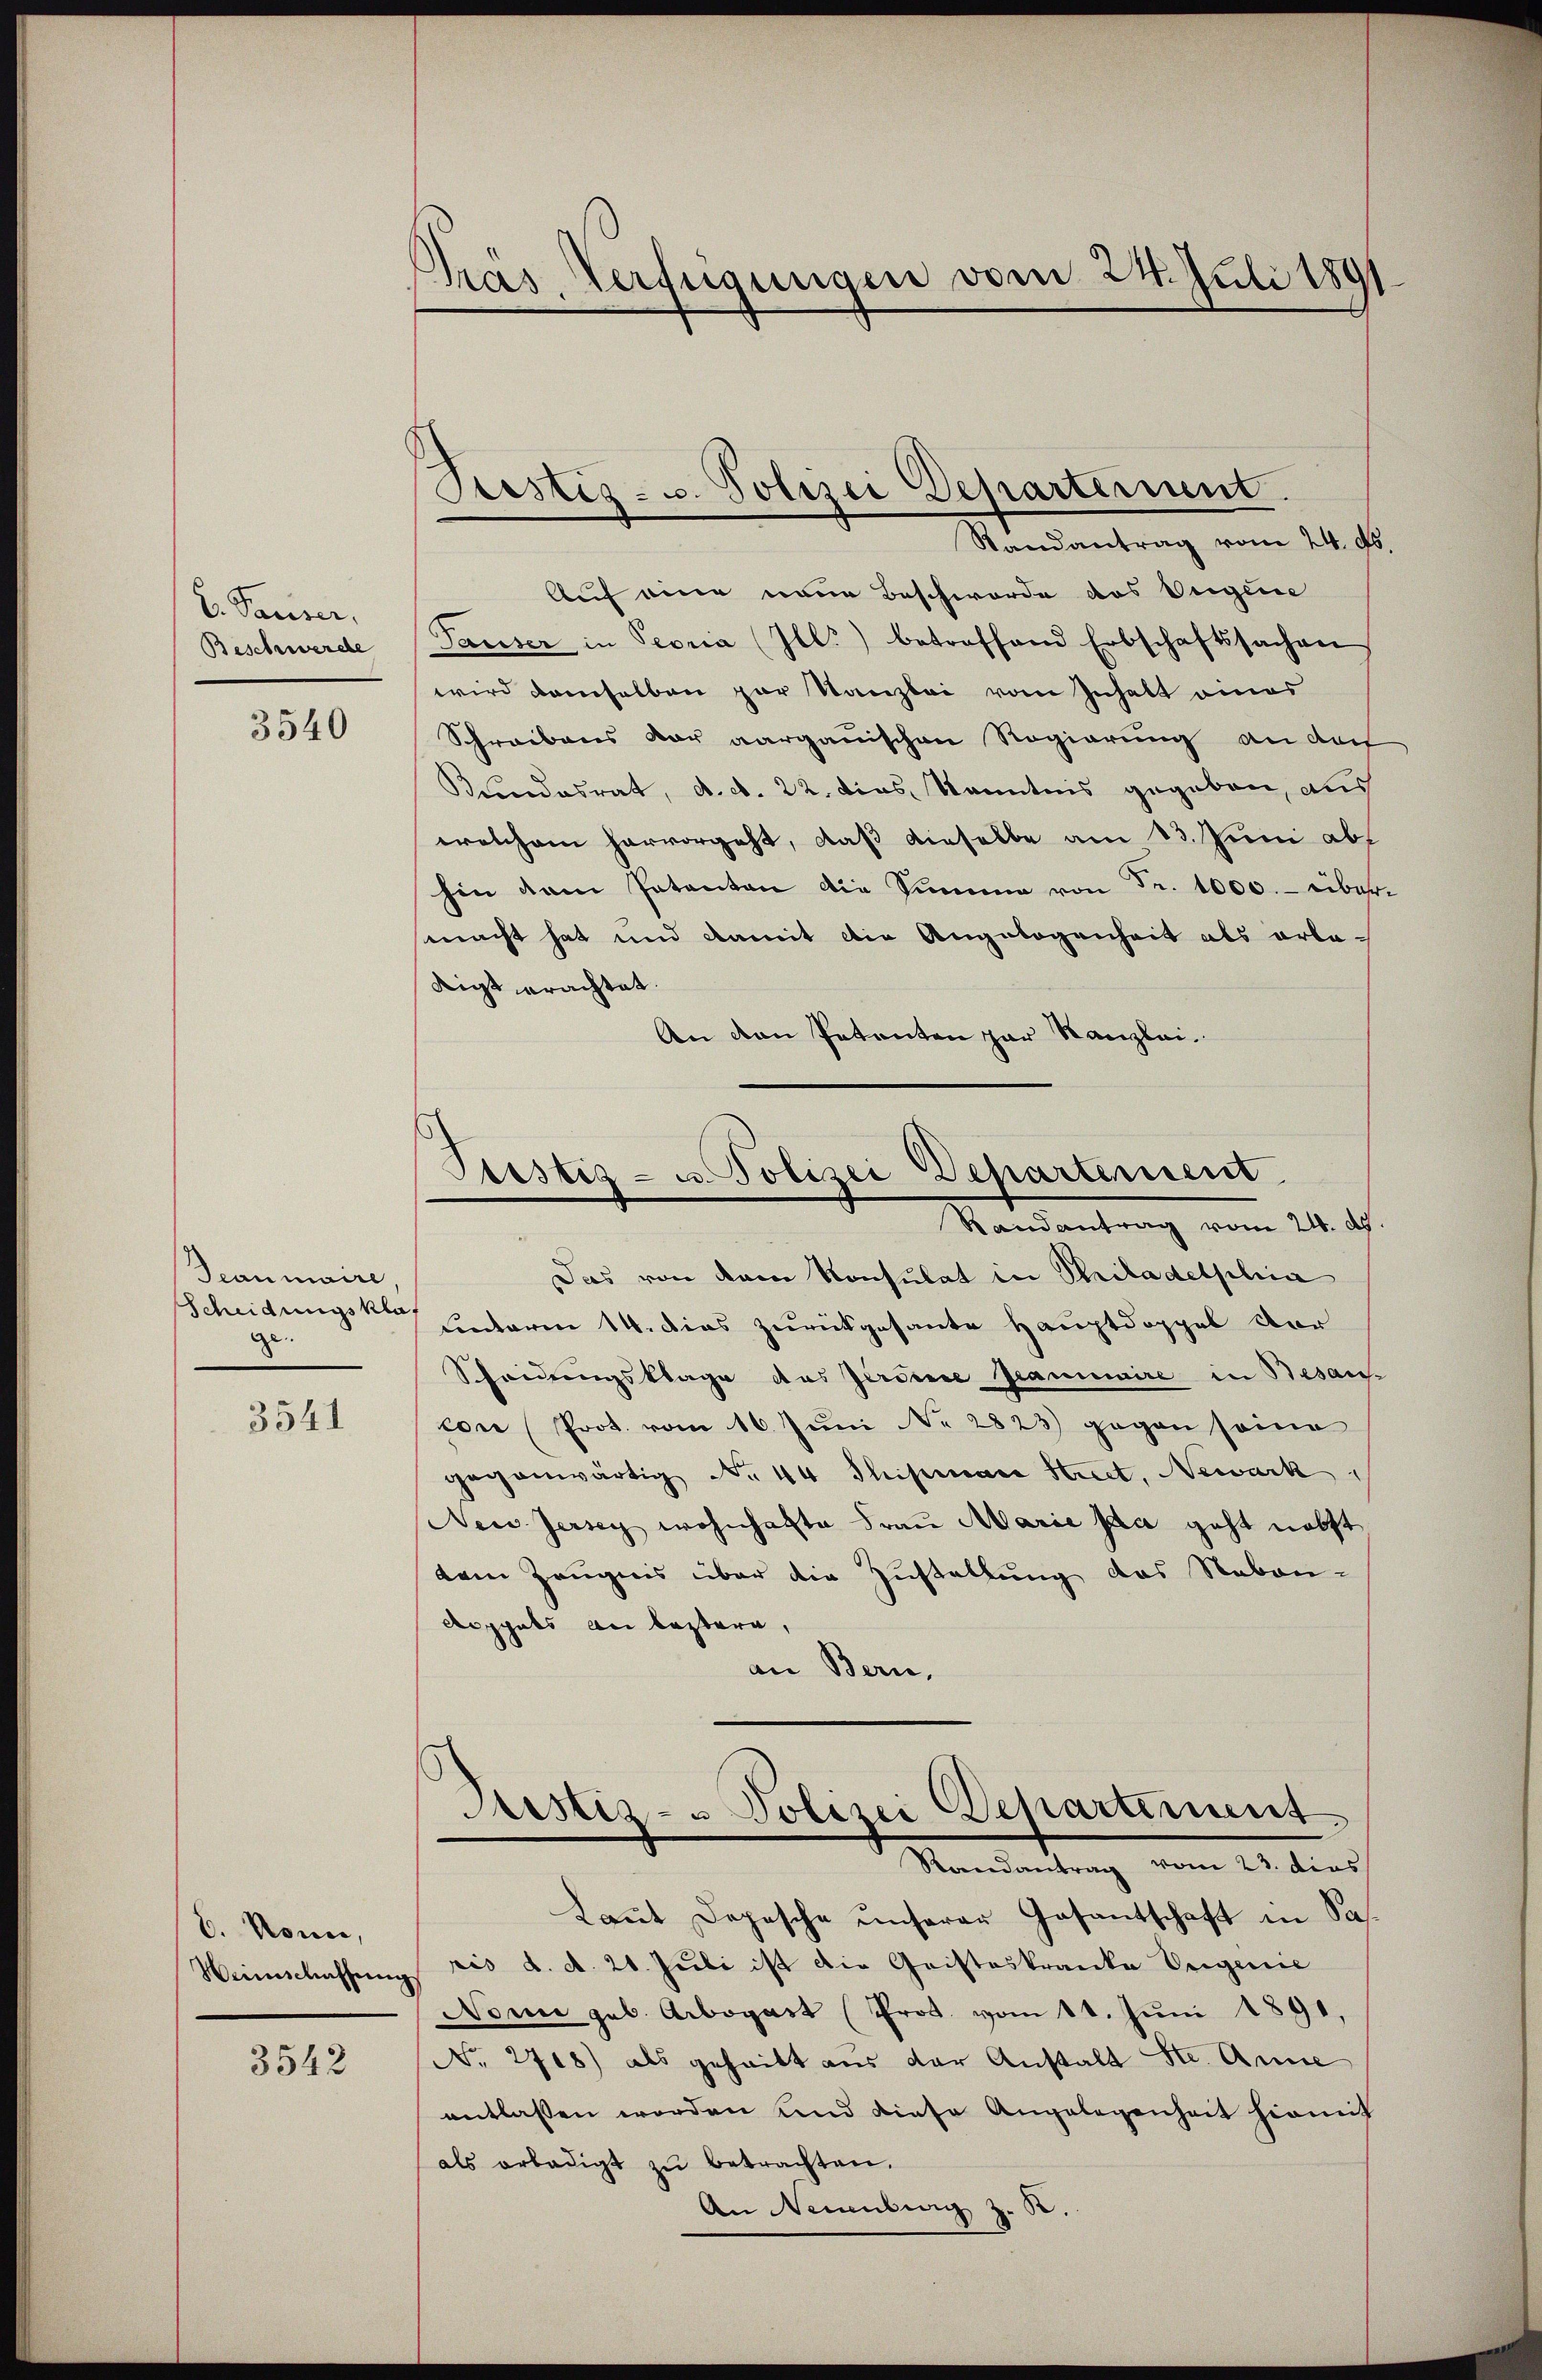
v. Pauser,
Beschwerde

3540

Deanmaire,
Scheidungskla
ge.

3541

6. Nonn,
Weinschaffung

3542

Pras Verfügungen vom 24. Juli 1891

Pestig - u. Polizei Departerient.

Ptistiz- u. Polizei Departement
Randantrag vom 24. d.

Randantrag vom 24. ds.
Auf eine neue Beschwerde des Eigene
Pauser in Peoria (Ill.) betreffend Erbschaftssachen
wird demselben par Stanzlei vom Inhalt eines
Schreibens der aarganischen Regierung an darf
Kundesrat, d. d. 22. dies Kenntnis gegeben, aus
welchem hervorgeht, daß dieselbe am 13. Juni abs
hin dem Patanten die Summe von Fr. 1000. über-
macht hat und damit die Angelogenheit als erladigt erachtet.
An den Petenten par Kanzlei-
Das von dem Konsulat in Philadelphia
untaren 14. dies zurückgesante Hauptdoppel vor
Scheidungsklage das Jedene Grammaire in Besan-
con (Prot. vom 16. Juni NNo. 2823) gegen seine
gegenwärtig No. 44 Stipenare Stiret, Newark,
New Jersey wohnhafte Frau Marie sa geht nebst
dem Zeugnis über die Zustellung das Neben-
Aoppels an leztern,
an Bern,
Justiz- & Polizei Departement
Randantrag vom 23. dies
Laut Depesche unserer Gesantschaft in Saris d. d. 20. Juli ist die Gristeskranke Vrigenie
Nome geb. Arbogart (Prot. vom 11. Juni 1891,
No. 2708) als geheitt aus der Anstalt Str. Anne
entlassen worden und diese Angelegenheit hiemit
als erledigt zŭ betrachten.
An Neuenburg z. B